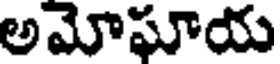
అమోఘాయ